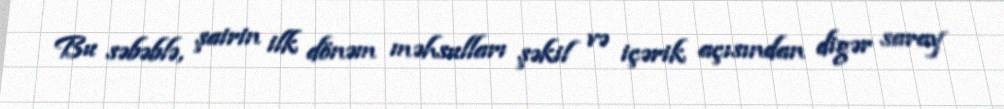
Bu səbəblə, şairin ilk dönəm məhsulları şəkil və içərik açısından digər saray